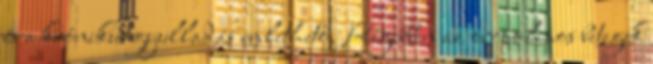
és a krónikus gyulladás említhető. Régebben az orrpolipos betegek